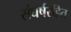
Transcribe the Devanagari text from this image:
संघर्षरहित